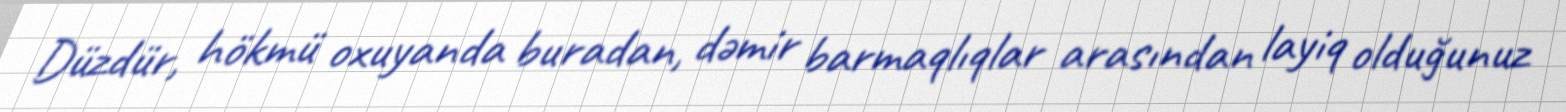
Düzdür, hökmü oxuyanda buradan, dəmir barmaqlıqlar arasından layiq olduğunuz